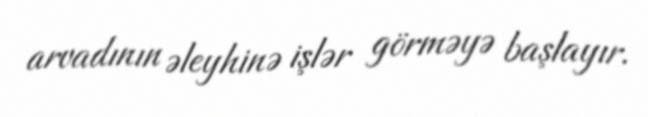
arvadının əleyhinə işlər görməyə başlayır.